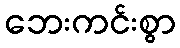
ဘေးကင်းစွာ